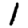
Digit: 1